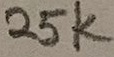
Text: 25K